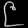
Digit: ၉